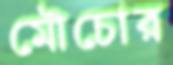
মৌচোর